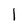
Character: l